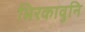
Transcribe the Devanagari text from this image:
भिरकावुनि